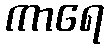
ကာရေ